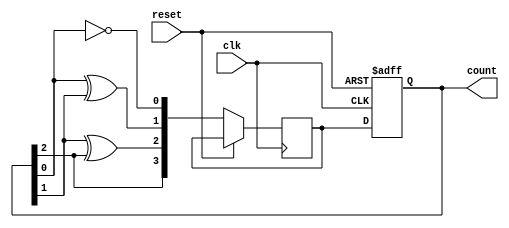
module JohnsonGrayCounter (
    input wire clk,
    input wire reset,
    output reg [3:0] count
);

reg [3:0] nextCount;

always @ (posedge clk or posedge reset) begin
    if (reset) begin
        count <= 4'b0000;
    end else begin
        nextCount[0] <= ~count[0];
        nextCount[1] <= count[0] ^ count[1];
        nextCount[2] <= count[1] ^ count[2];
        nextCount[3] <= count[2];

        count <= nextCount;
    end
end

endmodule